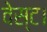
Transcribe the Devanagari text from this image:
वेस्ट।